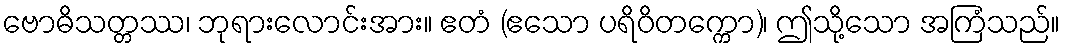
ဗောဓိသတ္တဿ၊ ဘုရားလောင်းအား။ ဧတံ (ဧသော ပရိဝိတက္ကော)၊ ဤသို့သော အကြံသည်။